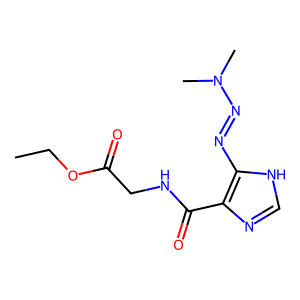
SMILES: CCOC(=O)CNC(=O)c1nc[nH]c1N=NN(C)C
Inhibits HIV replication: No